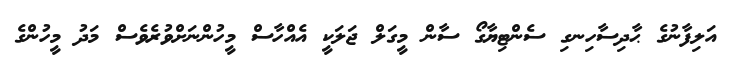
އަލިފާނުގެ ޙާދިސާހިނގި ސެންޓިޔާގޯ ސާން މީގަލް ޖަލަކީ އެއްހާސް މީހުންނަށްވުރެވެސް މަދު މީހުންގެ